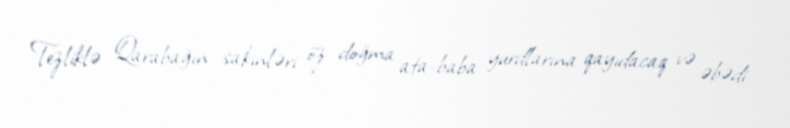
Tezliklə Qarabağın sakinləri öz doğma ata-baba yurdlarına qayıdacaq və əbədi